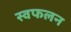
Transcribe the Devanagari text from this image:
स्वफलन